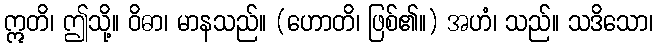
ဣတိ၊ ဤသို့။ ဝိဓာ၊ မာနသည်။ (ဟောတိ၊ ဖြစ်၏။) အဟံ၊ သည်။ သဒိသော၊